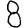
Digit: 8